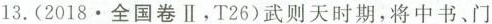
13.(2018.全国卷Ⅱ，T26)武则天时期，将中书、门